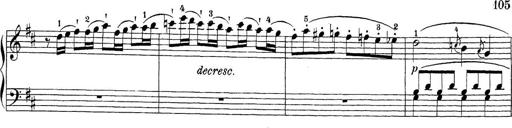
Title: Sonatina Album
Composer: Louis KÃ¶hler